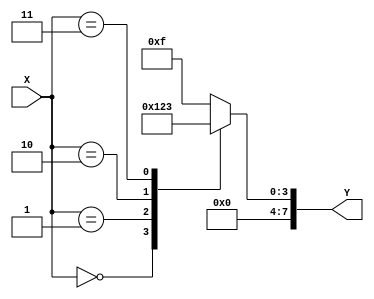
module conditional_logic (
    input wire [3:0] X,
    output reg [7:0] Y
);

always @* begin
    case (X)
        4'b0000: Y = 8'h0; // Case when X is 0000
        4'b0001: Y = 8'h1; // Case when X is 0001
        4'b0010: Y = 8'h2; // Case when X is 0010
        4'b0011: Y = 8'h3; // Case when X is 0011
        default: Y = 8'hF; // Default case when X does not match any of the above cases
    endcase
end

endmodule